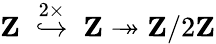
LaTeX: \mathbf{Z}\; \; {\overset{2\times}{\hookrightarrow}}\; \; \mathbf{Z}\twoheadrightarrow\mathbf{Z}/2\mathbf{Z}